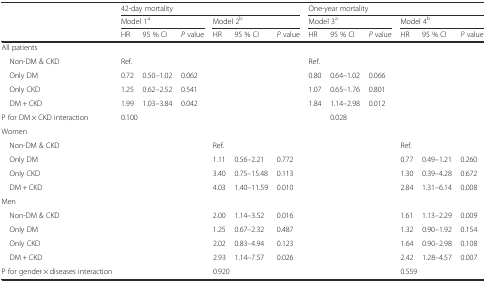
<table><thead><tr><td></td><td colspan="6"><b>42-day mortality</b></td><td colspan="6"><b>One-year mortality</b></td></tr><tr><td></td><td colspan="3"><b>Model 1<sup>a</sup></b></td><td colspan="3"><b>Model 2<sup>b</sup></b></td><td colspan="3"><b>Model 3<sup>a</sup></b></td><td colspan="3"><b>Model 4<sup>b</sup></b></td></tr><tr><td></td><td><b>HR</b></td><td><b>95 % CI</b></td><td><b><i>P</i> value</b></td><td><b>HR</b></td><td><b>95 % CI</b></td><td><b><i>P</i> value</b></td><td><b>HR</b></td><td><b>95 % CI</b></td><td><b><i>P</i> value</b></td><td><b>HR</b></td><td><b>95 % CI</b></td><td><b><i>P</i> value</b></td></tr></thead><tbody><tr><td>All patients</td><td></td><td></td><td></td><td></td><td></td><td></td><td></td><td></td><td></td><td></td><td></td><td></td></tr><tr><td> Non-DM &amp; CKD</td><td>Ref.</td><td></td><td></td><td></td><td></td><td></td><td>Ref.</td><td></td><td></td><td></td><td></td><td></td></tr><tr><td> Only DM</td><td>0.72</td><td>0.50–1.02</td><td>0.062</td><td></td><td></td><td></td><td>0.80</td><td>0.64–1.02</td><td>0.066</td><td></td><td></td><td></td></tr><tr><td> Only CKD</td><td>1.25</td><td>0.62–2.52</td><td>0.541</td><td></td><td></td><td></td><td>1.07</td><td>0.65–1.76</td><td>0.801</td><td></td><td></td><td></td></tr><tr><td> DM + CKD</td><td>1.99</td><td>1.03–3.84</td><td>0.042</td><td></td><td></td><td></td><td>1.84</td><td>1.14–2.98</td><td>0.012</td><td></td><td></td><td></td></tr><tr><td>P for DM × CKD interaction</td><td colspan="3">0.100</td><td></td><td></td><td></td><td></td><td colspan="2">0.028</td><td></td><td></td><td></td></tr><tr><td>Women</td><td></td><td colspan="2"></td><td></td><td></td><td></td><td></td><td colspan="2"></td><td></td><td></td><td></td></tr><tr><td> Non-DM &amp; CKD</td><td></td><td colspan="2"></td><td>Ref.</td><td></td><td></td><td></td><td colspan="2"></td><td>Ref.</td><td></td><td></td></tr><tr><td> Only DM</td><td></td><td colspan="2"></td><td>1.11</td><td>0.56–2.21</td><td>0.772</td><td></td><td colspan="2"></td><td>0.77</td><td>0.49–1.21</td><td>0.260</td></tr><tr><td> Only CKD</td><td></td><td colspan="2"></td><td>3.40</td><td>0.75–15.48</td><td>0.113</td><td></td><td colspan="2"></td><td>1.30</td><td>0.39–4.28</td><td>0.672</td></tr><tr><td> DM + CKD</td><td></td><td colspan="2"></td><td>4.03</td><td>1.40–11.59</td><td>0.010</td><td></td><td colspan="2"></td><td>2.84</td><td>1.31–6.14</td><td>0.008</td></tr><tr><td>Men</td><td></td><td colspan="2"></td><td></td><td></td><td></td><td></td><td colspan="2"></td><td></td><td></td><td></td></tr><tr><td> Non-DM &amp; CKD</td><td></td><td colspan="2"></td><td>2.00</td><td>1.14–3.52</td><td>0.016</td><td></td><td colspan="2"></td><td>1.61</td><td>1.13–2.29</td><td>0.009</td></tr><tr><td> Only DM</td><td></td><td colspan="2"></td><td>1.25</td><td>0.67–2.32</td><td>0.487</td><td></td><td colspan="2"></td><td>1.32</td><td>0.90–1.92</td><td>0.154</td></tr><tr><td> Only CKD</td><td></td><td colspan="2"></td><td>2.02</td><td>0.83–4.94</td><td>0.123</td><td></td><td colspan="2"></td><td>1.64</td><td>0.90–2.98</td><td>0.108</td></tr><tr><td> DM + CKD</td><td></td><td colspan="2"></td><td>2.93</td><td>1.14–7.57</td><td>0.026</td><td></td><td colspan="2"></td><td>2.42</td><td>1.28–4.57</td><td>0.007</td></tr><tr><td>P for gender × diseases interaction</td><td></td><td colspan="2"></td><td colspan="3">0.920</td><td></td><td colspan="2"></td><td colspan="3">0.559</td></tr></tbody></table>